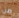
من